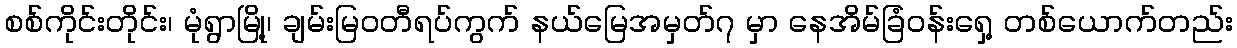
စစ်ကိုင်းတိုင်း၊ မုံရွာမြို့၊ ချမ်းမြဝတီရပ်ကွက် နယ်မြေအမှတ်၇ မှာ နေအိမ်ခြံဝန်းရှေ့ တစ်ယောက်တည်း